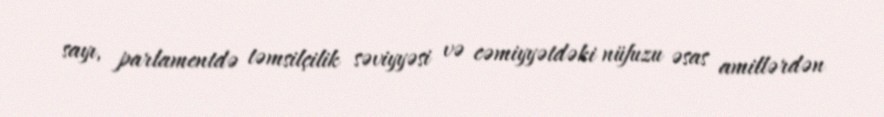
sayı, parlamentdə təmsilçilik səviyyəsi və cəmiyyətdəki nüfuzu əsas amillərdən